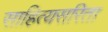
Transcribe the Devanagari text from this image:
साहित्यसरिता